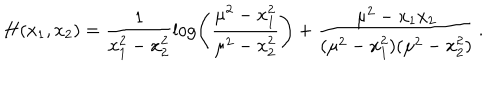
LaTeX: H ( x _ { 1 } , x _ { 2 } ) = \frac { 1 } { x _ { 1 } ^ { 2 } - x _ { 2 } ^ { 2 } } \log \left( \frac { \mu ^ { 2 } - x _ { 1 } ^ { 2 } } { \mu ^ { 2 } - x _ { 2 } ^ { 2 } } \right) + \frac { \mu ^ { 2 } - x _ { 1 } x _ { 2 } } { ( \mu ^ { 2 } - x _ { 1 } ^ { 2 } ) ( \mu ^ { 2 } - x _ { 2 } ^ { 2 } ) } \, .